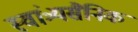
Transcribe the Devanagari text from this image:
स्वांत्र्यसैनिक